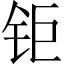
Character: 钜